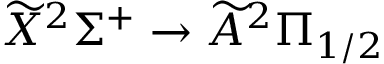
\widetilde { X } ^ { 2 } \Sigma ^ { + } \rightarrow \widetilde { A } ^ { 2 } \Pi _ { 1 / 2 }